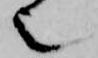
也